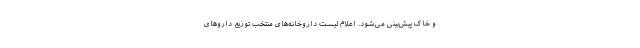
و خاک پیش‌بینی می‌شود. اعلام لیست داروخانه‌های منتخب توزیع داروهای